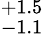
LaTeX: ^{+1.5}_{-1.1}